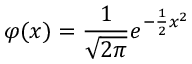
\varphi ( x ) = { \frac { 1 } { \sqrt { 2 \pi } } } e ^ { - { \frac { 1 } { 2 } } x ^ { 2 } }